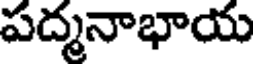
పద్మనాభాయ